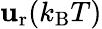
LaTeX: \mathbf{u}_{\mathrm{{r}}}(k_{\mathrm{{B}}}T)